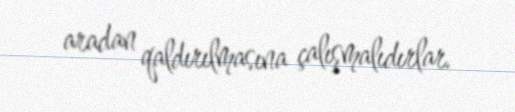
aradan qaldırılmasına çalışmalıdırlar.